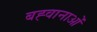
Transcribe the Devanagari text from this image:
बह्वानाओं